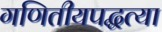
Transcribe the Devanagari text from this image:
गणितीयपद्धत्या